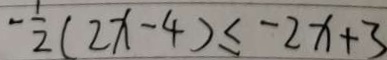
- \frac { 1 } { 2 } ( 2 x - 4 ) \leq - 2 x + 3